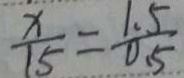
\frac { x } { 1 5 } = \frac { 1 . 5 } { 0 . 5 }